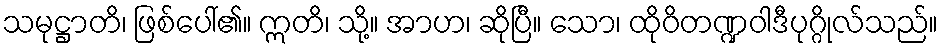
သမုဋ္ဌာတိ၊ ဖြစ်ပေါ်၏။ ဣတိ၊ သို့။ အာဟ၊ ဆိုပြီ။ သော၊ ထိုဝိတဏ္ဍဝါဒီပုဂ္ဂိုလ်သည်။